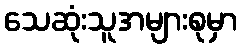
သေဆုံးသူအများစုမှာ